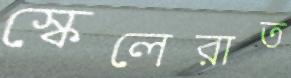
স্কেলেরাত